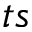
\boldsymbol { t s }